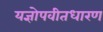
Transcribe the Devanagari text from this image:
यज्ञोपवीतधारण